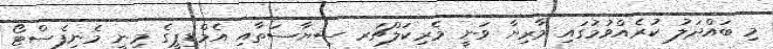
މި ބައްދަލު ކުރެއްވުމުގައި މާރިޔާ ވަނީ މެރިކަލްޗަރ ސިޔާސަތާއި އެމްޑިޕީގެ މިނީ މެނިފެސްޓޯ